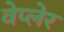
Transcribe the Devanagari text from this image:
वेप्लेर